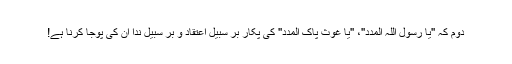
دوم کہ ''یا رسول اللہ المدد''، ''یا غوث پاک المدد'' کی پکار بر سبیل اعتقاد و بر سبیل ندا ان کی پوجا کرنا ہے!